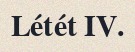
Létét IV.